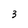
Character: 3